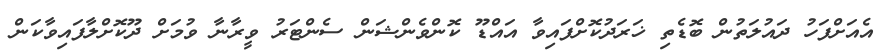
އެއަށްފަހު ދައުލަތުން ބޮޑެތި ޚަރަދުކޮށްފައިވާ އައްޑޫ ކޮންވެންޝަން ސެންޓަރު ވީރާނާ ވުމަށް ދޫކޮށްލާފައިވާކަން